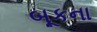
બૂકના